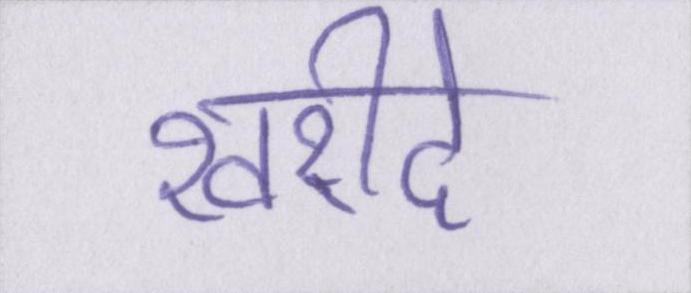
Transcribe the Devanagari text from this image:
खरीदे